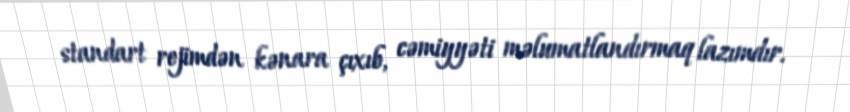
standart rejimdən kənara çıxıb, cəmiyyəti məlumatlandırmaq lazımdır.